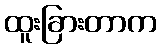
ထူးခြားတာက